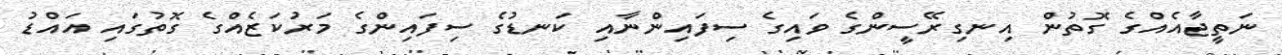
ނަތީޖާއެއްގެ ގޮތުން އިނގިރޭސީންގެ ވައިގެ ސިފައިންނާއި ކަނޑުގެ ސިފައިންގެ މަރުކަޒެއްގެ ގޮތުގައި އައްޑު